Leaving Certificate Examination, 1921
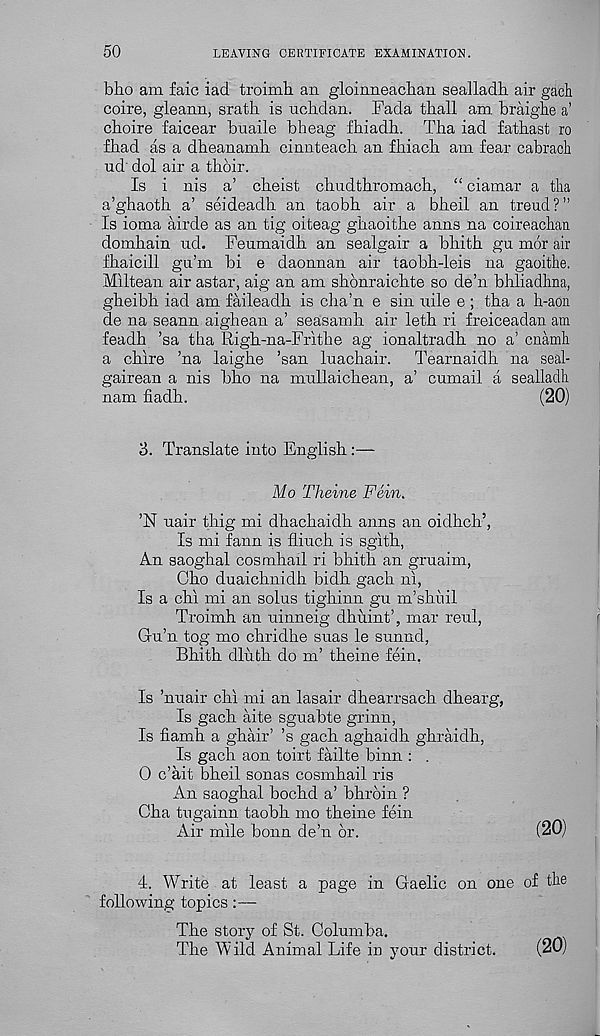
50
LEAVING CERTIFICATE EXAMINATION.
bho am faic iad troimb an gloinneacban sealladb air gach
coire, gleann, sratli is uchdan. Fada thall am braighe a’
cboire faicear buaile bheag fhiadb. Tha iad fatbast ro
fbad as a dheanamh cinnteach an fhiacb am fear cabrach
ud' dol air a tboir.
Is i nis a’ cbeist chudtbromacb, “ ciamar a tha
a’ghaotb a’ seideadb an taobb air a bbeil an trend?”
Is ioma airde as an tig oiteag gbaoitbe anns na coiroachan
dombain ud. Feumaidh an sealgair a bhitb gu mor air
fhaicill gu’m bi e daonnan air taobb-leis na gaoithe.
Miltean air astar, aig an am sbonraicbte so de’n bhliadhna,
gbeibb iad am faileadb is cha’n e sin uile e ; tba a h-aon
de na seann aighean a’ seasamb air letb ri freiceadan am
feadb ’sa tha Rigb-na-Fritbe ag ionaltradb no a’ cnamh
a cbire ’na laigbe ’san luachair.
Tearnaidh na seal-
gairean a nis bbo na mullaicbean, a’ cumail a sealladh
nam fiadb.
(20)
3. Translate into English
Mo Theine Fein.
’N nair tbig mi dbacbaidb anns an oidhcb’,
Is mi fann is flinch is sgltb,
An saogbal cosmbail ri bbith an gruaim,
Cbo duaicbnidh bidb gach ni,
Is a chi mi an solus tighinn gu m’shuil
Troimh an uinneig dhuint’, mar reul,
Gu’n tog mo chridhe suas le sunnd,
Bbitb dlutb do m’ tbeine fein.
Is ’nuair chi mi an lasair dbearrsacb dbearg,
Is gacb aite sguabte grinn,
Is fiamb a ghair’ ’s gacb agbaidh ghraidh,
Is gach aon toirt failte binn : .
0 c’ait bbeil sonas cosmbail ris
An saogbal bocbd a’ bbrbin ?
Cba tugainn taobb mo tbeine fein
Air mile bonn de’n or.
(20)
4. Write at least a page in Gaelic on one of the
following topics :—
The story of St. Columba.
The W ild Animal Life in your district.
(20)